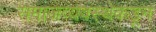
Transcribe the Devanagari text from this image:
समाजव्यवस्थेकडून